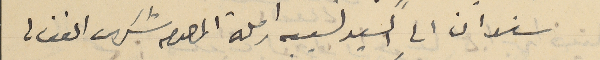
سندان الى السيد نسيبه ارملة المرحوم شكرى الغغالي